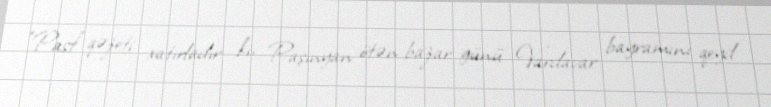
“Past” qəzeti xatırladır ki, Paşinyan ötən bazar günü Vardavar bayramını qeyd